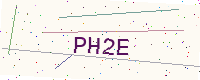
Text: PH2E